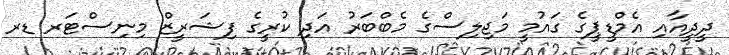
ދީދީއާއި އެމްޑީޕީގެ ގައުމީ މަޖިލިސްގެ މެބްބަރު އަދި ކުރީގެ ފިޝަރީޒް މިނިސްޓަރ ޑރ